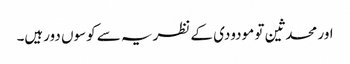
اور محدثین تو مودودی کے نظریہ سے کوسوں دورہیں۔